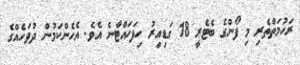
ރަހުމަތްތެރި މި ފޯންގެ ބެޓެރީ 18 ގަޑިއިރު ހިފަހައްޓާނެ އެވެ. އެހެންކަމުން ދުވަހެއްގެ